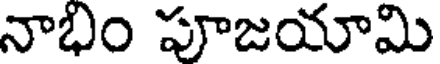
నాభిం పూజయామి